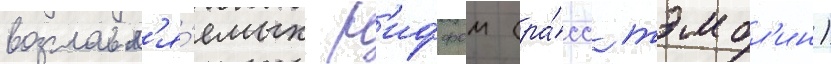
возглавл'я́емых р'иффом (ра́сс тэмбл'ин)